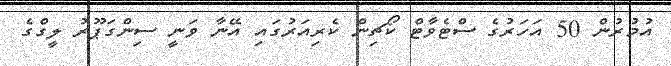
އުމުރުން 50 އަހަރުގެ ސްޓެވާޓް ކޯޗިން ކެރިއަރުގައި އޭނާ ވަނީ ސިންގަޕޫރު ލީގްގެ